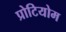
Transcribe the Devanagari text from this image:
प्रोटियोम